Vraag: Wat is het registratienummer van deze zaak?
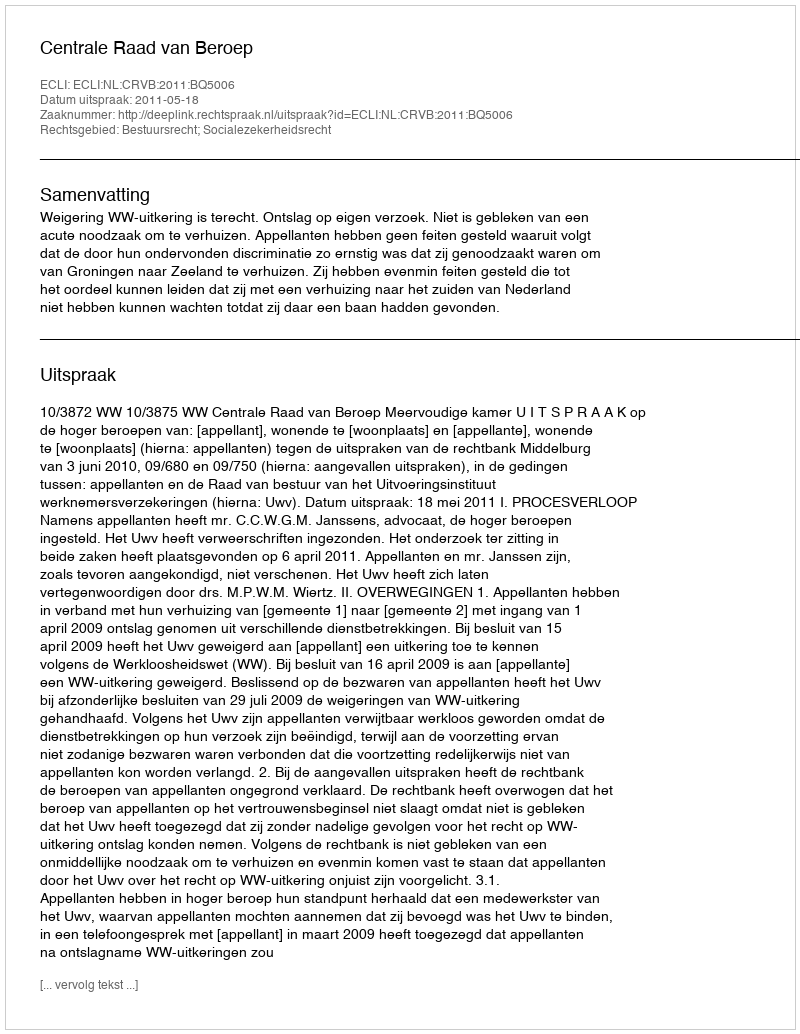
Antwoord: http://deeplink.rechtspraak.nl/uitspraak?id=ECLI:NL:CRVB:2011:BQ5006